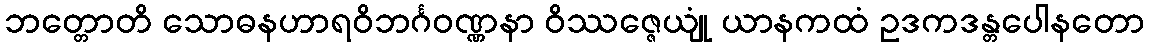
ဘတ္တောတိ သောဓနဟာရဝိဘင်္ဂဝဏ္ဏနာ ဝိဿဇ္ဇေယျုံ ယာနကထံ ဥဒကဒန္တပေါနတော